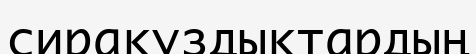
сиракуздықтардың